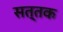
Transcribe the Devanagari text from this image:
सत्तक